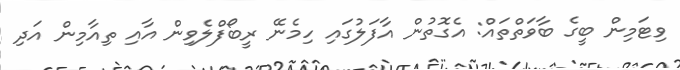
ވިޓަމިން ބީގެ ބާވަތްތައް: އެގޮތުން އާފަލުގައި ހިމެނޭ ރީބޯފްލެވިން އާއި ތިއާމިން އަދި